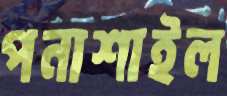
পনাশাইল